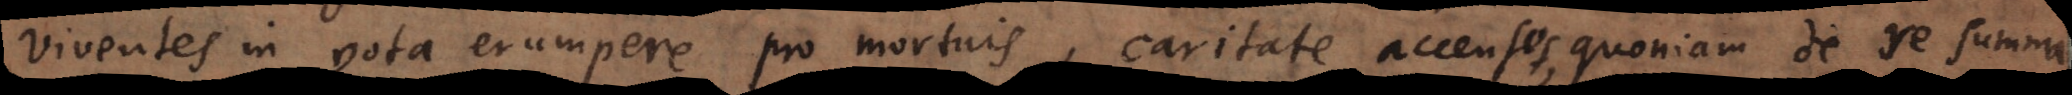
viventes in vota erumpere pro mortuis, caritate accensos, quoniam de re summa